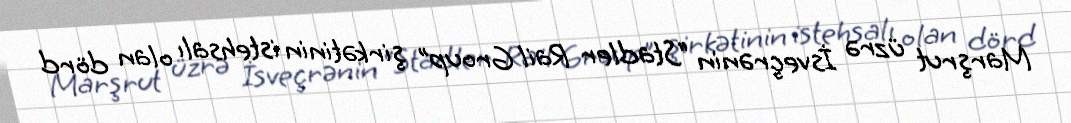
Marşrut üzrə İsveçrənin “Stadler Rail Group” şirkətinin istehsalı olan dörd